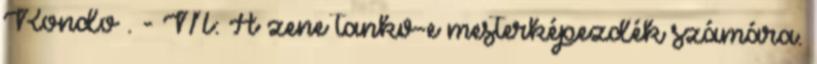
Rondo . - M: A zene tankv-e mesterképezdék számára.